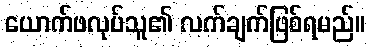
ယောက်ဖလုပ်သူ၏ လက်ချက်ဖြစ်ရမည်။